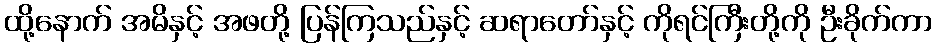
ထို့နောက် အမိနှင့် အဖတို့ ပြန်ကြသည်နှင့် ဆရာတော်နှင့် ကိုရင်ကြီးတို့ကို ဦးခိုက်ကာ